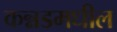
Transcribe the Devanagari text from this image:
कन्नडमधील